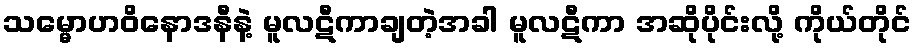
သမ္မောဟဝိနောဒနီနဲ့ မူလဋီကာချတဲ့အခါ မူလဋီကာ အဆိုပိုင်းလို့ ကိုယ်တိုင်